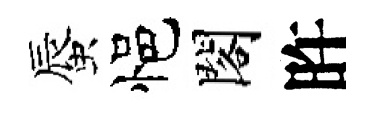
蜃悒閣旿